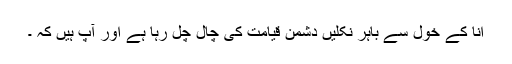
انا کے خول سے باہر نکلیں دشمن قیامت کی چال چل رہا ہے اور آپ ہیں کہ ۔